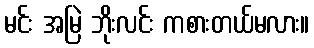
မင်း အမြဲ ဘိုးလင်း ကစားတယ်မလား။